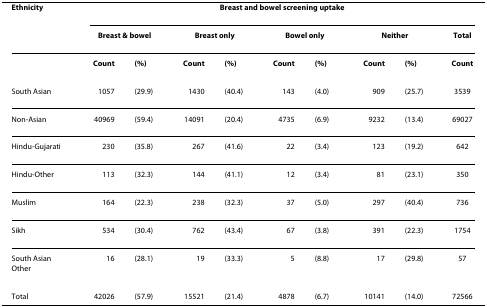
<table><thead><tr><td><b>Ethnicity</b></td><td colspan="9"><b>Breast and bowel screening uptake</b></td></tr><tr><td></td><td colspan="2"><b>Breast &amp; bowel</b></td><td colspan="2"><b>Breast only</b></td><td colspan="2"><b>Bowel only</b></td><td colspan="2"><b>Neither</b></td><td><b>Total</b></td></tr></thead><tbody><tr><td></td><td><b>Count</b></td><td><b>(%)</b></td><td><b>Count</b></td><td><b>(%)</b></td><td><b>Count</b></td><td><b>(%)</b></td><td><b>Count</b></td><td><b>(%)</b></td><td><b>Count</b></td></tr><tr><td>South Asian</td><td>1057</td><td>(29.9)</td><td>1430</td><td>(40.4)</td><td>143</td><td>(4.0)</td><td>909</td><td>(25.7)</td><td>3539</td></tr><tr><td>Non-Asian</td><td>40969</td><td>(59.4)</td><td>14091</td><td>(20.4)</td><td>4735</td><td>(6.9)</td><td>9232</td><td>(13.4)</td><td>69027</td></tr><tr><td>Hindu-Gujarati</td><td>230</td><td>(35.8)</td><td>267</td><td>(41.6)</td><td>22</td><td>(3.4)</td><td>123</td><td>(19.2)</td><td>642</td></tr><tr><td>Hindu-Other</td><td>113</td><td>(32.3)</td><td>144</td><td>(41.1)</td><td>12</td><td>(3.4)</td><td>81</td><td>(23.1)</td><td>350</td></tr><tr><td>Muslim</td><td>164</td><td>(22.3)</td><td>238</td><td>(32.3)</td><td>37</td><td>(5.0)</td><td>297</td><td>(40.4)</td><td>736</td></tr><tr><td>Sikh</td><td>534</td><td>(30.4)</td><td>762</td><td>(43.4)</td><td>67</td><td>(3.8)</td><td>391</td><td>(22.3)</td><td>1754</td></tr><tr><td>South Asian Other</td><td>16</td><td>(28.1)</td><td>19</td><td>(33.3)</td><td>5</td><td>(8.8)</td><td>17</td><td>(29.8)</td><td>57</td></tr><tr><td>Total</td><td>42026</td><td>(57.9)</td><td>15521</td><td>(21.4)</td><td>4878</td><td>(6.7)</td><td>10141</td><td>(14.0)</td><td>72566</td></tr></tbody></table>